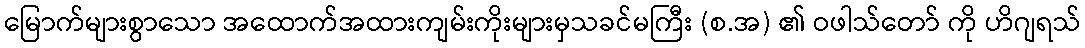
မြောက်များစွာသော အထောက်အထားကျမ်းကိုးများမှသခင်မကြီး (စ.အ) ၏ ဝဖါသ်တော် ကို ဟိဂျရသ်